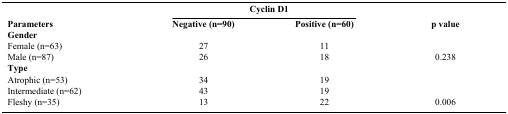
<table><thead><tr><td><b> </b></td><td colspan="2"><b>Cyclin D1</b></td><td><b> </b></td></tr><tr><td><b>Parameters</b></td><td><b>Negative (n=90)</b></td><td><b>Positive (n=60)</b></td><td><b>p value</b></td></tr></thead><tbody><tr><td colspan="4"><b>Gender</b></td></tr><tr><td>Female (n=63)</td><td>27</td><td>11</td><td><b> </b></td></tr><tr><td>Male (n=87)</td><td>26</td><td>18</td><td>0.238</td></tr><tr><td colspan="4"><b>Type</b></td></tr><tr><td>Atrophic (n=53)</td><td>34</td><td>19</td><td><b> </b></td></tr><tr><td>Intermediate (n=62)</td><td>43</td><td>19</td><td><b> </b></td></tr><tr><td>Fleshy (n=35)</td><td>13</td><td>22</td><td>0.006</td></tr></tbody></table>